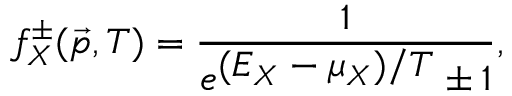
f _ { X } ^ { \pm } ( \vec { p } , T ) = \frac { 1 } { e ^ { \textstyle ( E _ { X } - { \mu } _ { X } ) / T } \pm 1 } ,